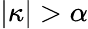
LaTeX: |\kappa|>\alpha